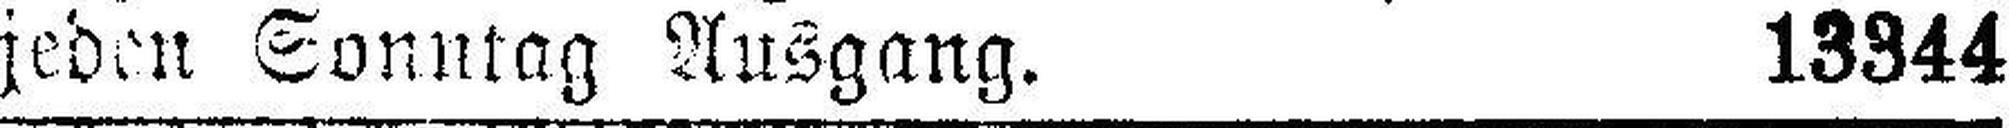
jeden Sonntag Ausgang. 13344